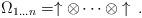
LaTeX: \begin{align*}\Omega _{1\dots n}=\uparrow \otimes \cdots \otimes \uparrow \,.\end{align*}